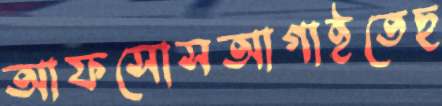
আফসোসআগাইতেছ